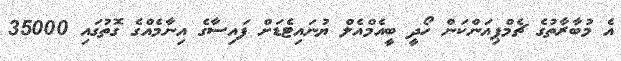
އެ މުބާރާތުގެ ޗެމްޕިއަންކަން ހޯދީ ބީއެމްއެލް ޔުނައިޓެޑަށް ފައިސާގެ އިނާމެއްގެ ގޮތުގައި 35000